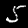
Label: 5